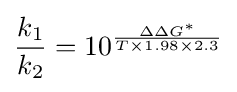
{\frac {k_{1}}{k_{2}}}=10^{\frac {\Delta \Delta G^{*}}{T\times 1.98\times 2.3}}